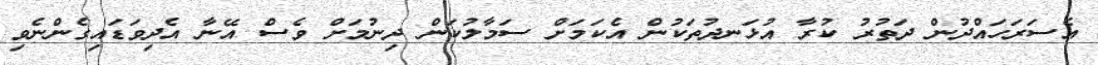
އެސަރަަހައްދުން ދަތުރު ކުރާ އުޅަނދުތަކުން އެކަމަށް ސަމާލުކަން ދިނުމަށް ވެސް އޭނާ އެދިވަޑައިގެންނެވި